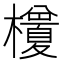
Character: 𭬭